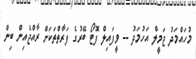
މުހައްމަދު ޖަމީލް އަހުމަދު -- ވީފައިލް ފޮޓޯ ބޭރުގެ ފަރާތްތަކަށް ރާއްޖެއިން ބިން